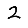
Digit: 2